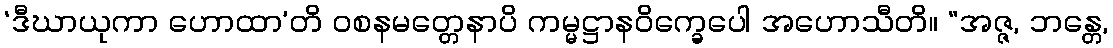
‘ဒီဃာယုကာ ဟောထာ’တိ ဝစနမတ္တေနာပိ ကမ္မဋ္ဌာနဝိက္ခေပေါ အဟောသီတိ။ “အဇ္ဇ, ဘန္တေ,